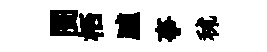
闠栖臚亊秫